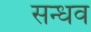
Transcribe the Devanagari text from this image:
सन्धव